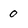
Character: 0